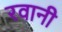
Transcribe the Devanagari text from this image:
रवानी